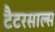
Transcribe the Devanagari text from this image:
टैटरसाल्स